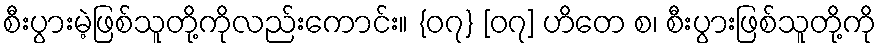
စီးပွားမဲ့ဖြစ်သူတို့ကိုလည်းကောင်း။ {၀၇} [၀၇] ဟိတေ စ၊ စီးပွားဖြစ်သူတို့ကို